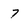
Character: 4